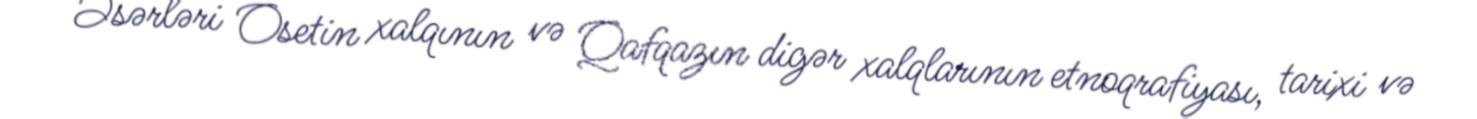
Əsərləri Osetin xalqının və Qafqazın digər xalqlarının etnoqrafiyası, tarixi və